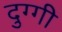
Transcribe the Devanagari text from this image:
दुग्गी